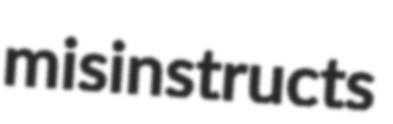
misinstructs